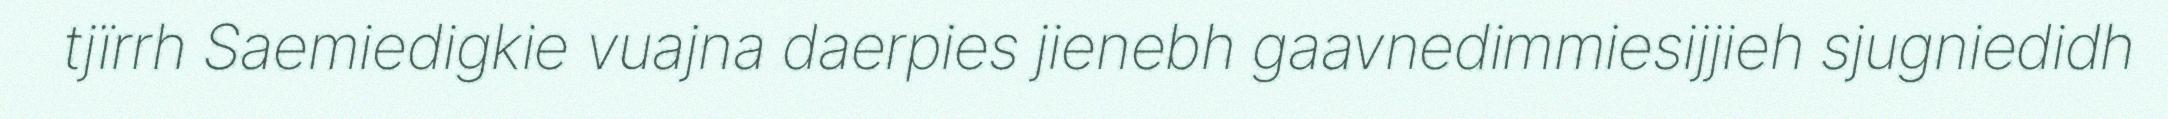
tjïrrh Saemiedigkie vuajna daerpies jienebh gaavnedimmiesijjieh sjugniedidh